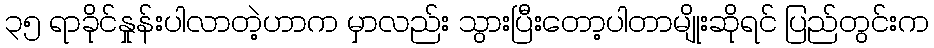
၃၅ ရာခိုင်နှုန်းပါလာတဲ့ဟာက မှာလည်း သွားပြီးတော့ပါတာမျိုးဆိုရင် ပြည်တွင်းက